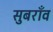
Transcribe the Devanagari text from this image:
सुबराँव